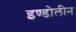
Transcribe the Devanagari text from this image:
इण्डोलीन